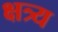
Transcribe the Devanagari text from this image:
क्षत्र्य